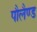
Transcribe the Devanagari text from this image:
पौलैण्ड